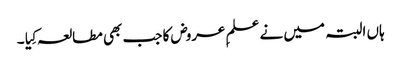
ہاں البتہ میں نے علمِ عروض کا جب بھی مطالعہ کِیا ۔